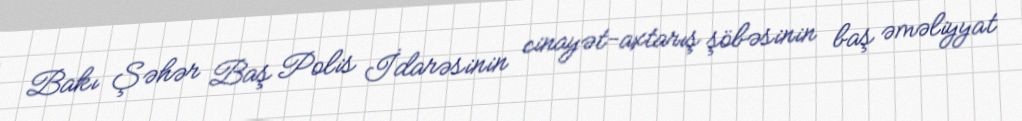
Bakı Şəhər Baş Polis İdarəsinin cinayət-axtarış şöbəsinin baş əməliyyat